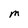
Character: M